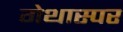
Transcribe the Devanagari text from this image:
गेथास्पर